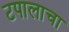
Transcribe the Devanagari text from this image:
टपालाचा